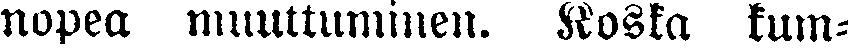
nopea muuttuminen. Koska kum-